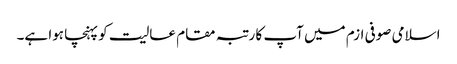
اسلامی صوفی ازم میں آپ کا رتبہ مقام عالیت کو پہنچا ہوا ہے۔